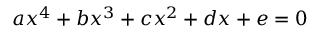
a x ^ { 4 } + b x ^ { 3 } + c x ^ { 2 } + d x + e = 0